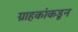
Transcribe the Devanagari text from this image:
ग्राहकांकडून